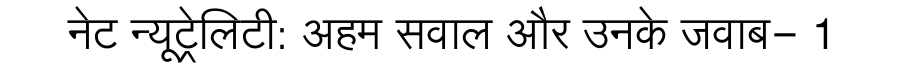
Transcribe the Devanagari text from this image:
नेट न्यूट्रेलिटी: अहम सवाल और उनके जवाब- 1